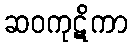
ဆဝကုဋိကာ